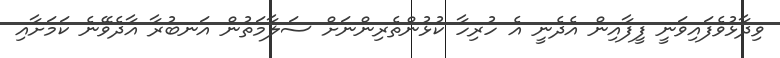
ވިދާޅުވެފައިވަނީ ފީފާއިން އެދެނީ އެ ހުރިހާ ކުޅުންތެރިންނަށް ސަލާމަތުން އަނބުރާ އާދެވޭނެ ކަމަށާއި